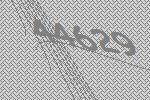
44629